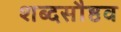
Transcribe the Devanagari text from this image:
शब्दसौष्ठव